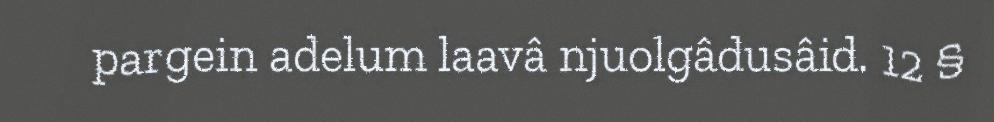
pargein adelum laavâ njuolgâdusâid. 12 §